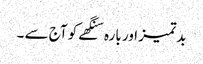
بدتمیز اور بارہ سنگھے کو آج سے ۔